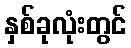
နှစ်ခုလုံးတွင်